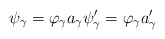
\begin{align*} \psi_\gamma = \varphi_\gamma a_\gamma \psi'_\gamma = \varphi_\gamma a'_\gamma \end{align*}